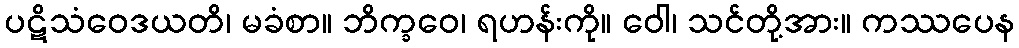
ပဋိသံဝေဒယတိ၊ မခံစာ။ ဘိက္ခဝေ၊ ရဟန်းကို။ ဝေါ၊ သင်တို့အား။ ကဿပေန